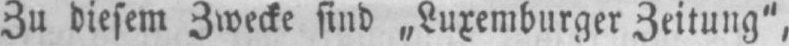
Zu diesem Zwecke sind „Luxemburger Zeitung“,